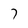
Character: 7